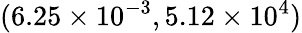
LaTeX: (6.25\times 10^{-3},5.12\times 10^{4})